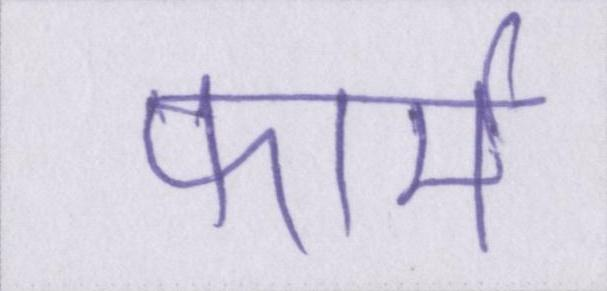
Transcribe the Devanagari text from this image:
फार्म